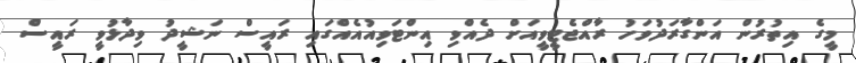
މީގެ އިތުރުން އަންގާރަދުވަހު ރާއްޖެޓީވީއަށް ދެއްވި އިންޓަވިއުއެއްގައި ރައީސް ނަޝީދު ވިދާޅުވީ ރައީސް